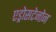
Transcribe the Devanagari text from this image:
एड्रोसटेनोन